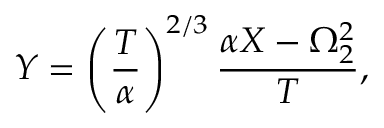
Y = \left( \frac { T } { \alpha } \right) ^ { 2 / 3 } \frac { \alpha X - \Omega _ { 2 } ^ { 2 } } { T } ,